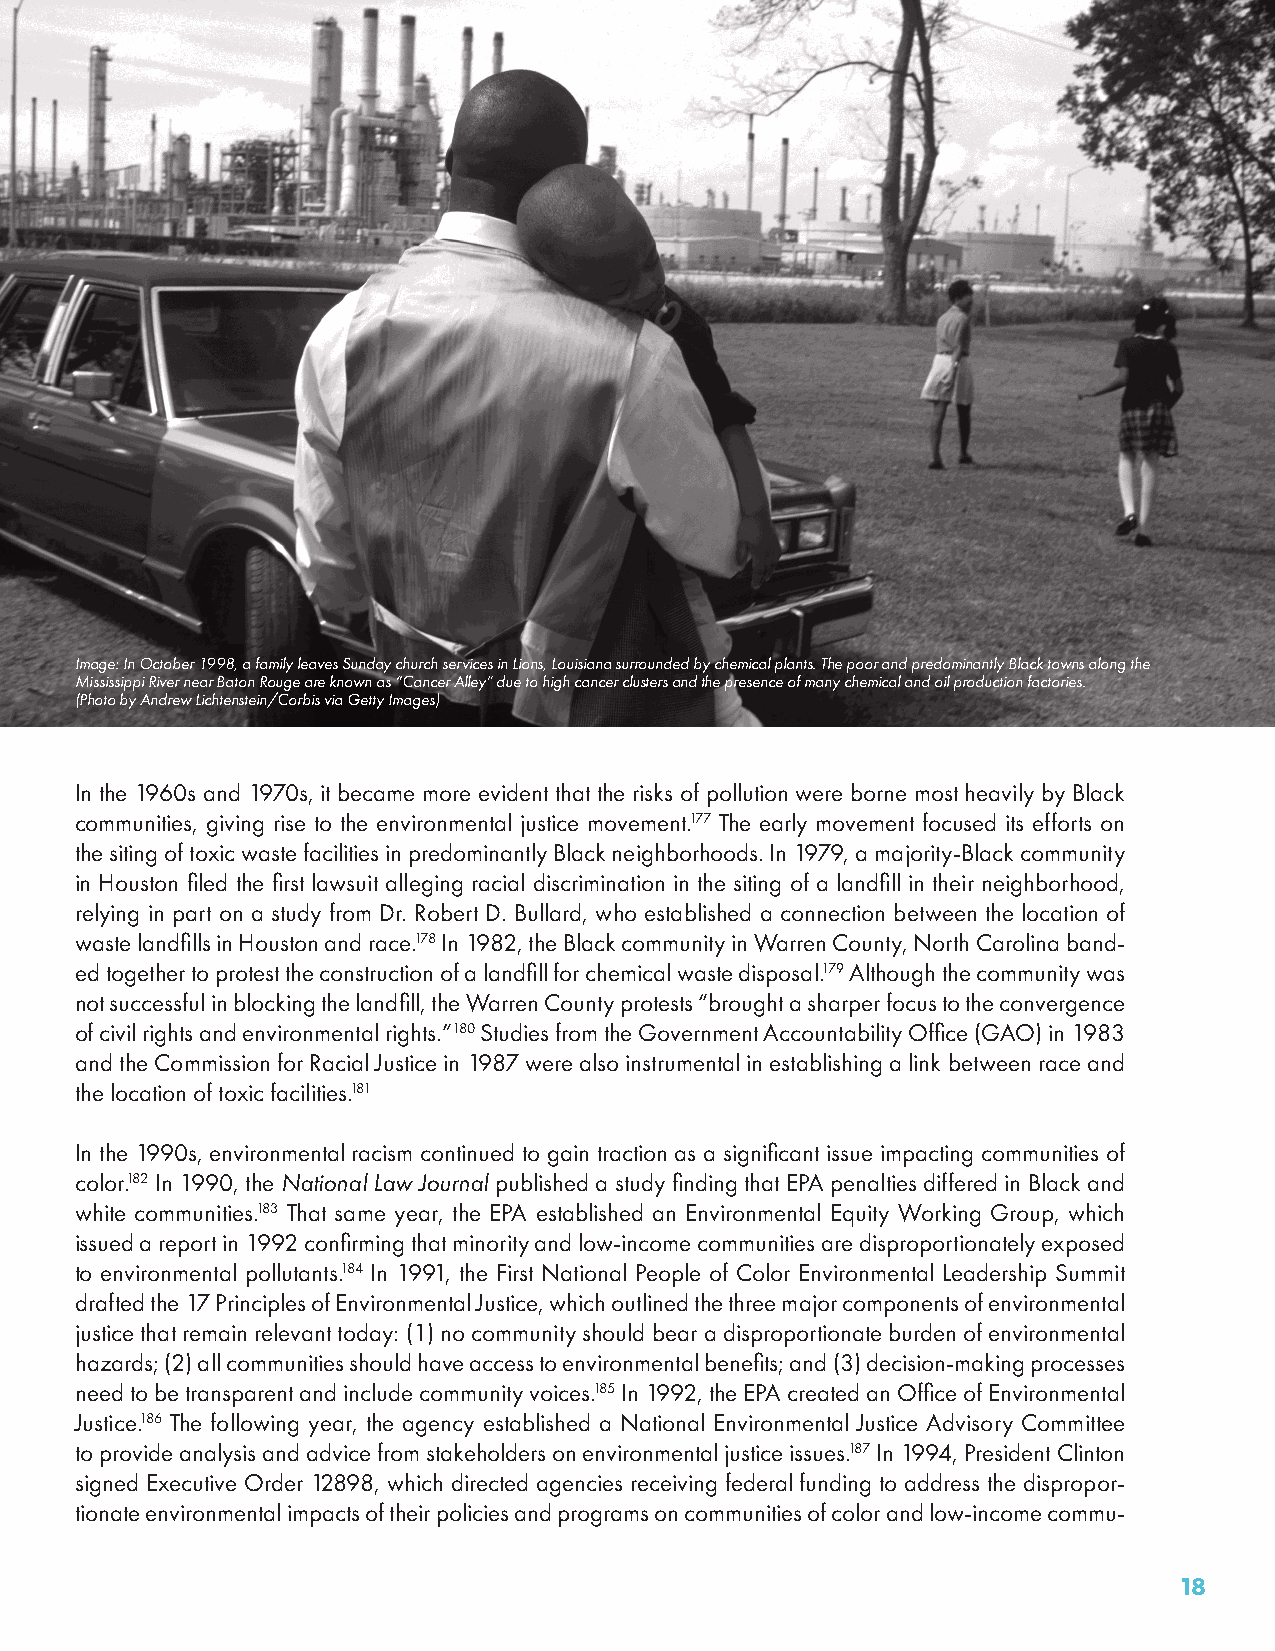
Image: In October 1998, a family leaves Sunday church services in Lions, Louisiana surrounded by chemical plants. The poor and predominantly Black towns along the
 Mississippi River near Baton Rouge are known as “Cancer Alley” due to high cancer clusters and the presence of many chemical and oil production factories.
 (Photo by Andrew Lichtenstein/Corbis via Getty Images)
 In the 1960s and 1970s, it became more evident that the risks of pollution were borne most heavily by Black
 communities, giving rise to the environmental justice movement.177 The early movement focused its efforts on
 the siting of toxic waste facilities in predominantly Black neighborhoods. In 1979, a majority-Black community
 in Houston filed the first lawsuit alleging racial discrimination in the siting of a landfill in their neighborhood,
 relying in part on a study from Dr. Robert D. Bullard, who established a connection between the location of
 waste landfills in Houston and race.178 In 1982, the Black community in Warren County, North Carolina band-
 ed together to protest the construction of a landfill for chemical waste disposal.179 Although the community was
 not successful in blocking the landfill, the Warren County protests “brought a sharper focus to the convergence
 of civil rights and environmental rights.”180 Studies from the Government Accountability Office (GAO) in 1983
 and the Commission for Racial Justice in 1987 were also instrumental in establishing a link between race and
 the location of toxic facilities.181
 In the 1990s, environmental racism continued to gain traction as a significant issue impacting communities of
 color.182 In 1990, the National Law Journal published a study finding that EPA penalties differed in Black and
 white communities.183 That same year, the EPA established an Environmental Equity Working Group, which
 issued a report in 1992 confirming that minority and low-income communities are disproportionately exposed
 to environmental pollutants.184 In 1991, the First National People of Color Environmental Leadership Summit
 drafted the 17 Principles of Environmental Justice, which outlined the three major components of environmental
 justice that remain relevant today: (1) no community should bear a disproportionate burden of environmental
 hazards; (2) all communities should have access to environmental benefits; and (3) decision-making processes
 need to be transparent and include community voices.185 In 1992, the EPA created an Office of Environmental
 Justice.186 The following year, the agency established a National Environmental Justice Advisory Committee
 to provide analysis and advice from stakeholders on environmental justice issues.187 In 1994, President Clinton
 signed Executive Order 12898, which directed agencies receiving federal funding to address the dispropor-
 tionate environmental impacts of their policies and programs on communities of color and low-income commu-
 18